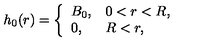
h _ { 0 } ( r ) = \left\{ \begin{array} { l l } { \displaystyle B _ { 0 } , } & { 0 < r < R , } \\ { \displaystyle 0 , } & { R < r , } \\ \end{array} \right.